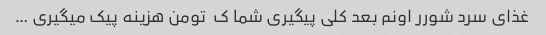
غذای سرد شورر اونم بعد کلی پیگیری شما ک  تومن هزینه پیک میگیری …